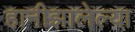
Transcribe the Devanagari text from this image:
हानीझालेल्या